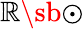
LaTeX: \mathbb{R}\sb{\odot}